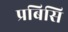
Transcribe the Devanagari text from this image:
प्रबिसि